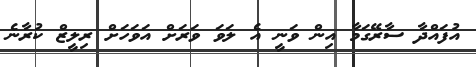
އުފައްދާ ސާރޭގަމާ އިން ވަނީ އެ ލަވަ ވަރަށް އަވަހަށް ރިލީޒް ކުރާނެ